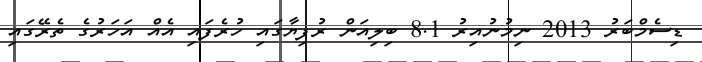
ޑިސެމްބަރު 2013 ނިމުނުއިރު 8.1 ބިލިއަން ރުފިޔާގައި ހުރެފައި އެއް އަހަރުގެ ތެރޭގައި